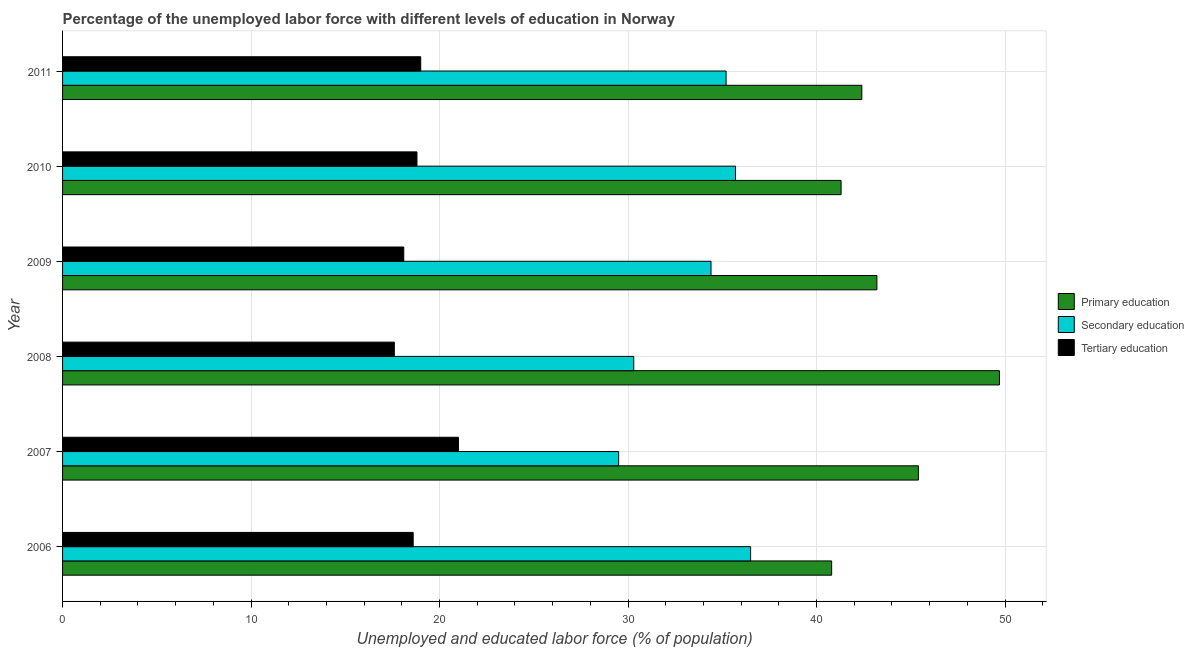
| Year | Primary education | Secondary education | Tertiary education |
 | --- | --- | --- | --- |
 | 2006 | 40.8 | 36.5 | 18.6 |
 | 2007 | 45.4 | 29.5 | 21 |
 | 2008 | 49.7 | 30.3 | 17.6 |
 | 2009 | 43.2 | 34.4 | 18.1 |
 | 2010 | 41.3 | 35.7 | 18.8 |
 | 2011 | 42.4 | 35.2 | 19 |